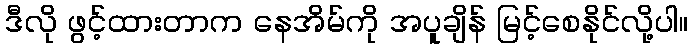
ဒီလို ဖွင့်ထားတာက နေအိမ်ကို အပူချိန် မြင့်စေနိုင်လို့ပါ။